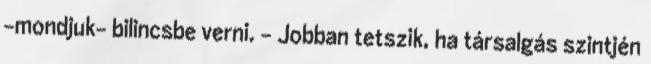
-mondjuk- bilincsbe verni. - Jobban tetszik, ha társalgás szintjén